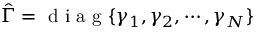
\hat { \Gamma } = \mathrm { ~ d ~ i ~ a ~ g ~ } \{ \gamma _ { 1 } , \gamma _ { 2 } , \cdots , \gamma _ { N } \}